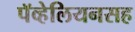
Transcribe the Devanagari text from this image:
पॅव्हेलियनसह